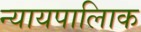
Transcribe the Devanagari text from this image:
न्यायपालिाक